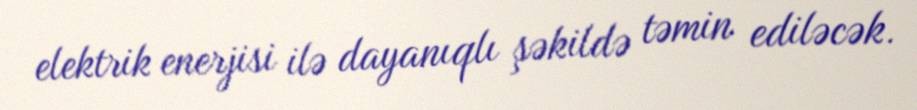
elektrik enerjisi ilə dayanıqlı şəkildə təmin ediləcək.